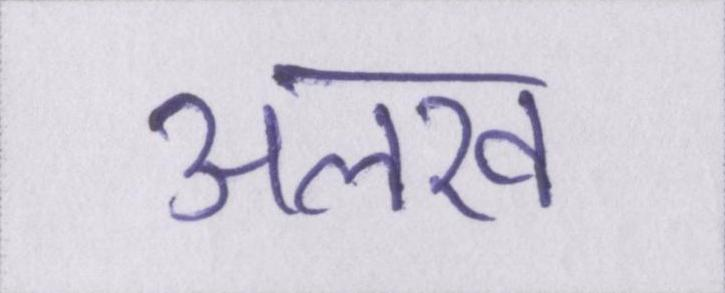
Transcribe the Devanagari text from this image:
अलख